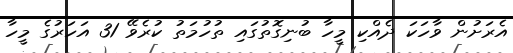
އެރަށުން ވާހަކަ ދެއްކި މީހާ ބުނިގޮތުގައި ތުހުމަތު ކުރެވޭ 31 އަހަރުގެ މީހާ